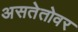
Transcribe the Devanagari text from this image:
असतेतोवर